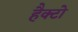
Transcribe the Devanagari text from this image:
हैक्टो